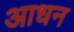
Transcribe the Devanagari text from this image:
आधन